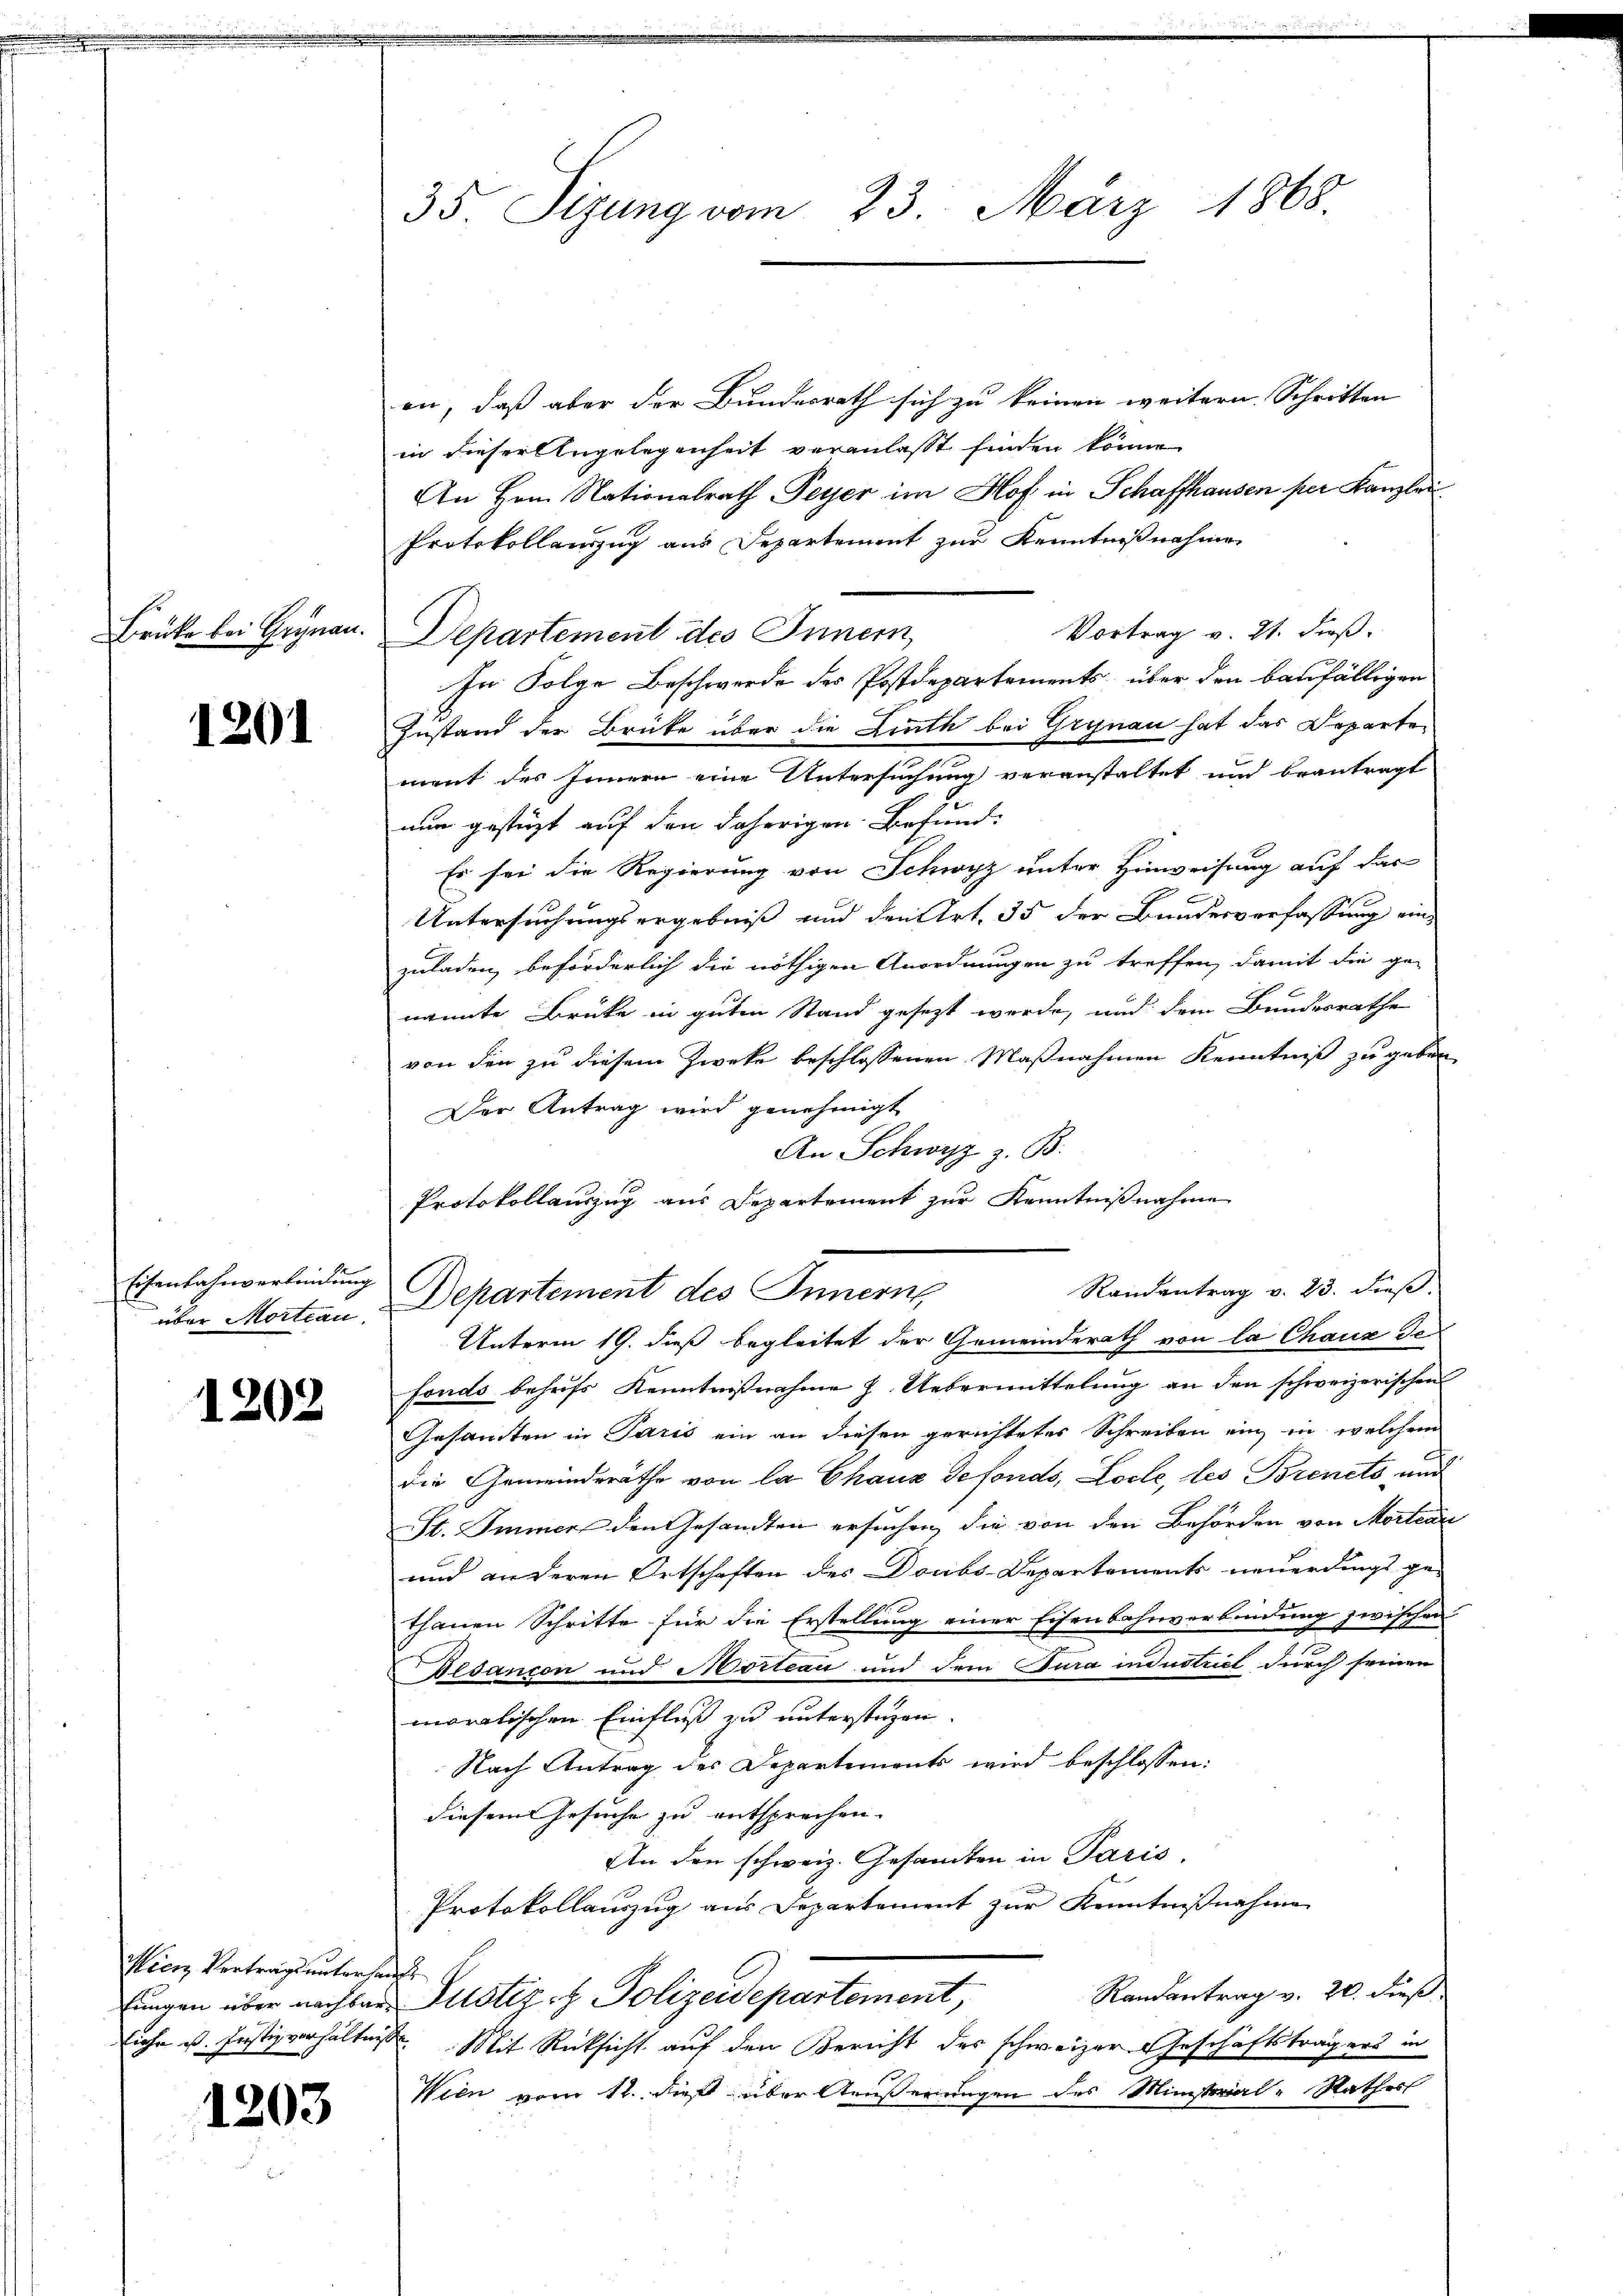
Brüke bei Grynau.

1201

Eisenbahnverbindung
über Mortiau.

1202

Wien Vertrags unterhaupt

1203

35. Sizung vom 23. März 1868.

en, daß aber der Bundesrath sich zu keinen weitern. Schritten
in dieser Angelegenheit veranlaßt finden könne.
An Hrn. Nationalrath Peyer im Hof in Schaffhausen per Kanzlei
Protokollauszug aus Departement zur Kenntnißnahme
Vortrag v. 21. dieß.
Departement des Innern,
In Folge Beschwerde des Postdepartements über den baufälligen
Zustand der Brüke über die Linth bei Grynau hat das Departen
ment des Innern eine Untersuchung veranstaltet und beantragt
nur gestüzt auf den daherigen Befund
Es sei die Regierung von Schwyz unter Hinweisung auf das
Untersuchungsergebniß und den Art. 35 der Bundesverfassung einzuladen, beförderlich die nöthigen Anordnungen zu treffen, damit die ge-
nannte Brüke in guten Stand gesezt werde, und dem Bundesrathe
von den zu diesem Zwecke beschlossenen Maßnahmen Kenntniß zu geben
Der Antrag wird genehmigt
An Schwyz z. B.
Protokollauszug aus Departement zur Kenntnißnahme
Randantrag v. 23. dieß.
Departement des Innern,
Unterm 19. dieß begleitet der Gemeinderath von la Chaux de
fonds behufs Kenntnißnahme J. Uebermittelung an den schweizerischen
Gesamten in Paris ein an diesen gerichtetes Schreiben ein in welchem
die Gemeinderäthe von la Chaux defonds, Loche, des Brenets und
St. Immer den Gesandten ersuchen, die von den Behörden von Mortrau
und anderen Ortschaften des Doubs-Departements neuerdings ge-
thanen Schritte für die Erstellung einer Eisenbahnverbindung zwischen
Desancon und Mortian und dem Jura industriel durch seinen
moralischen Einfluß zu unterstüzen.
Nach Antrag des Departements wird beschlossen:
diesem Gesuche zu entsprechen.
An den schweiz. Gesamten in Paris,
Protokollauszug aus Departement zur Kenntnißnahme
Randantrag v. 20. dieß
fungen über nachbar Justiz- & Polizeidepartement,
Eiche ist. Justizverhältnis. Mit Rücksicht auf den Bericht des schweizer Geschäftsträgers in
Wien vom 12. dieß über Äußerungen des Ministerial-Rathes